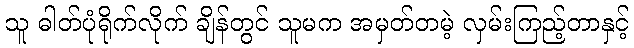
သူ ဓါတ်ပုံရိုက်လိုက် ချိန်တွင် သူမက အမှတ်တမဲ့ လှမ်းကြည့်တာနှင့်